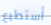
أستطيع